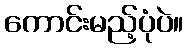
ကောင်းမည့်ပုံပဲ။